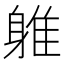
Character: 𲄦